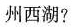
州西湖?